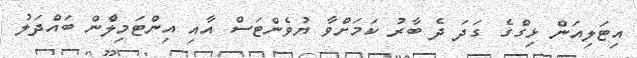
އިޓަލިއަން ޅިގްގެ ގަދަ ދެ ބާރު ކަމަށްވާ ޔުވެންޓަސް އާއި އިންޓަމިލާްން ބައްދަލު